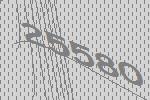
25580